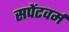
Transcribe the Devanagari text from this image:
सपेंटवर्म